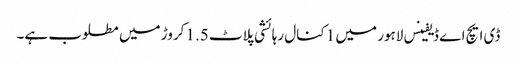
ڈی ایچ اے ڈیفینس لاہور میں 1 کنال رہائشی پلاٹ 1.5 کروڑ میں مطلوب ہے۔